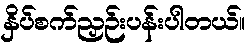
နှိပ်စက်ညှဉ်းပန်းပါတယ်။